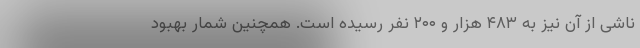
ناشی از آن نیز به ۴۸۳ هزار و ۲۰۰ نفر رسیده است. همچنین شمار بهبود